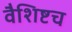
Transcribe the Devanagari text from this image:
वैशिष्टच